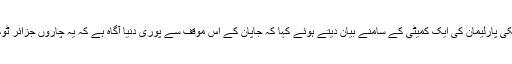
اس بارے میں جاپانی وزیر اعظم ناؤتو کان نے ٹوکیو میں ملکی پارلیمان کی ایک کمیٹی کے سامنے بیان دیتے ہوئے کہا کہ جاپان کے اس موقف سے پوری دنیا آگاہ ہے کہ یہ چاروں جزائر ٹوکیو کی ملکیت ہیں، جو جاپان کے شمالی جزائر کا حصہ ہیں۔